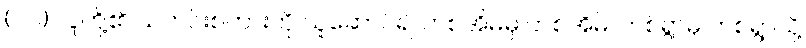
(၂၁) လူတို့၏ သတင်းစကားကို ယူဆောင်၍ တစ်အိမ်မှ တစ်အိမ်၊ တစ်ရွာမှ တစ်ရွာသို့